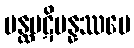
ပန္ထပဋိပန္နဿပေ